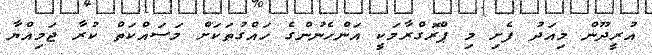
އުރީދޫން މިއަދު ފެށި މި ޕްރޮގްރާމަކީ އަންހެނުންގެ ހައްގުތަކަށް މަސައްކަތް ކުރާ ޖަމިއްޔާ